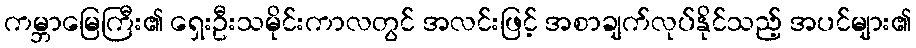
ကမ္ဘာမြေကြီး၏ ရှေးဦးသမိုင်းကာလတွင် အလင်းဖြင့် အစာချက်လုပ်နိုင်သည့် အပင်များ၏